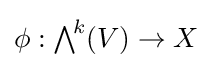
\phi :{\textstyle \bigwedge }^{\!k}(V)\rightarrow X